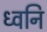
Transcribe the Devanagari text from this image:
ध्‍वनि